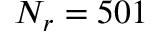
N _ { r } = 5 0 1